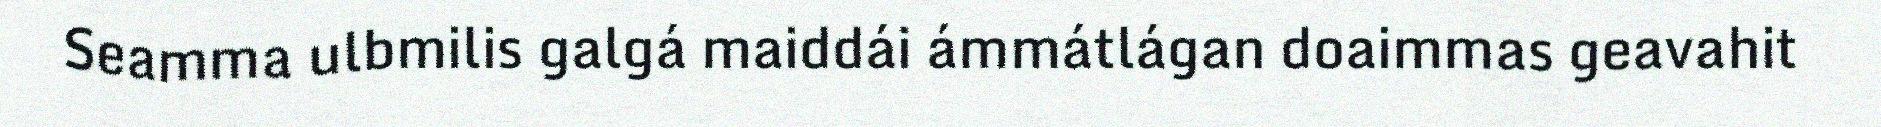
Seamma ulbmilis galgá maiddái ámmátlágan doaimmas geavahit